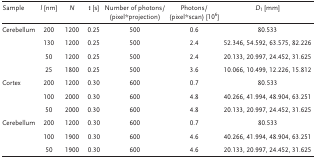
| Sample | l [nm] | N | t [s] | Number of photons/(pixel*projection) | Photons/(pixel*scan) [106] | D1 [mm] |
 | --- | --- | --- | --- | --- | --- | --- |
 | Cerebellum | 200 | 1200 | 0.25 | 500 | 0.6 | 80.533 |
 |  | 130 | 1200 | 0.25 | 500 | 2.4 | 52.346, 54.592, 63.575, 82.226 |
 |  | 50 | 1200 | 0.25 | 500 | 2.4 | 20.133, 20.997, 24.452, 31.625 |
 |  | 25 | 1800 | 0.25 | 500 | 3.6 | 10.066, 10.499, 12.226, 15.812 |
 | Cortex | 200 | 1200 | 0.30 | 600 | 0.7 | 80.533 |
 |  | 100 | 2000 | 0.30 | 600 | 4.8 | 40.266, 41.994, 48.904, 63.251 |
 |  | 50 | 2000 | 0.30 | 600 | 4.8 | 20.133, 20.997, 24.452, 31.625 |
 | Cerebellum | 200 | 1200 | 0.30 | 600 | 0.7 | 80.533 |
 |  | 100 | 1900 | 0.30 | 600 | 4.6 | 40.266, 41.994, 48.904, 63.251 |
 |  | 50 | 1900 | 0.30 | 600 | 4.6 | 20.133, 20.997, 24.452, 31.625 |